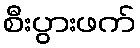
စီးပွားဖက်